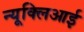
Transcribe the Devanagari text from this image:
न्यूक्लिआई